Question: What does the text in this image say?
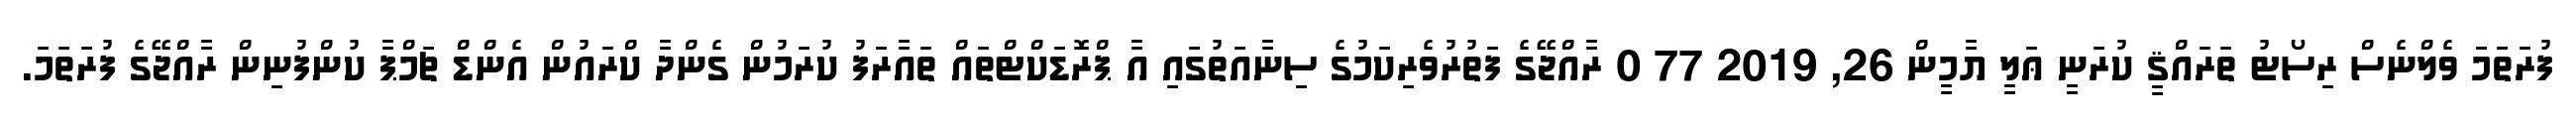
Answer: ފުރަތަމަ ވެލްނެސް ރިސޯޓު ތަރައްޤީ ކުރަނީ ޢަލީ ޔާމީން 26, 2019 77 0 ރާއްޖޭގެ ފަތުރުވެރިކަމުގެ ސިނާއަތުގައި އާ ޕްރޮޑަކްޓްތައް ތައާރަފު ކުރަމުން ގެންދާ ކްރައުން އެންޑް ޗަމްޕާ ކުންފުނިން ރާއްޖޭގެ ފުރަތަމަ.